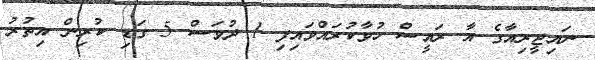
ނައިޖީރިއާގެ އާ ރައީސް ހުވާކުރައްވައިފި 1 ދުވަސް 5 ގަޑި ކުރިން އިތުރު